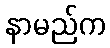
နာမည်က